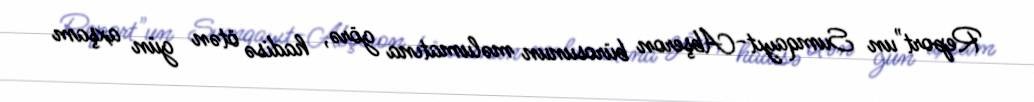
Report"un Sumqayıt-Abşeron bürosunun məlumatına görə, hadisə ötən gün axşam